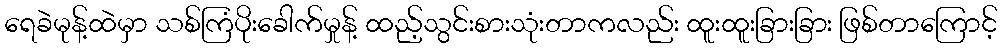
ရေခဲမုန့်ထဲမှာ သစ်ကြံပိုးခေါက်မှုန့် ထည့်သွင်းစားသုံးတာကလည်း ထူးထူးခြားခြား ဖြစ်တာကြောင့်